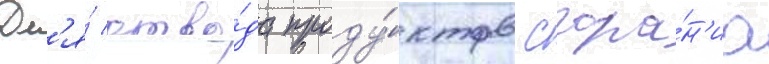
Дл'я́ отво́да проду́ктов сгора́н'иа